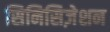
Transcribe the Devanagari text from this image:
सिनिसिज़ेशन